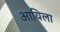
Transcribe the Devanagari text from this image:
आयिला